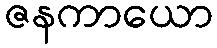
ဇနကာယော